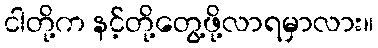
ငါတို့က နင့်တို့တွေ့ဖို့လာရမှာလား။